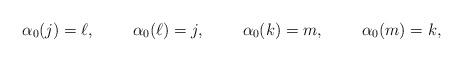
LaTeX: \begin{align*}\alpha_0(j)&=\ell,&\alpha_0(\ell)&=j,&\alpha_0(k)&=m,&\alpha_0(m)&=k,&\end{align*}